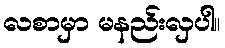
လစာမှာ မနည်းလှပါ။